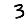
Digit: 3